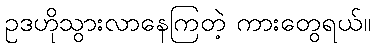
ဥဒဟိုသွားလာနေကြတဲ့ ကားတွေရယ်။